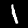
Label: 1